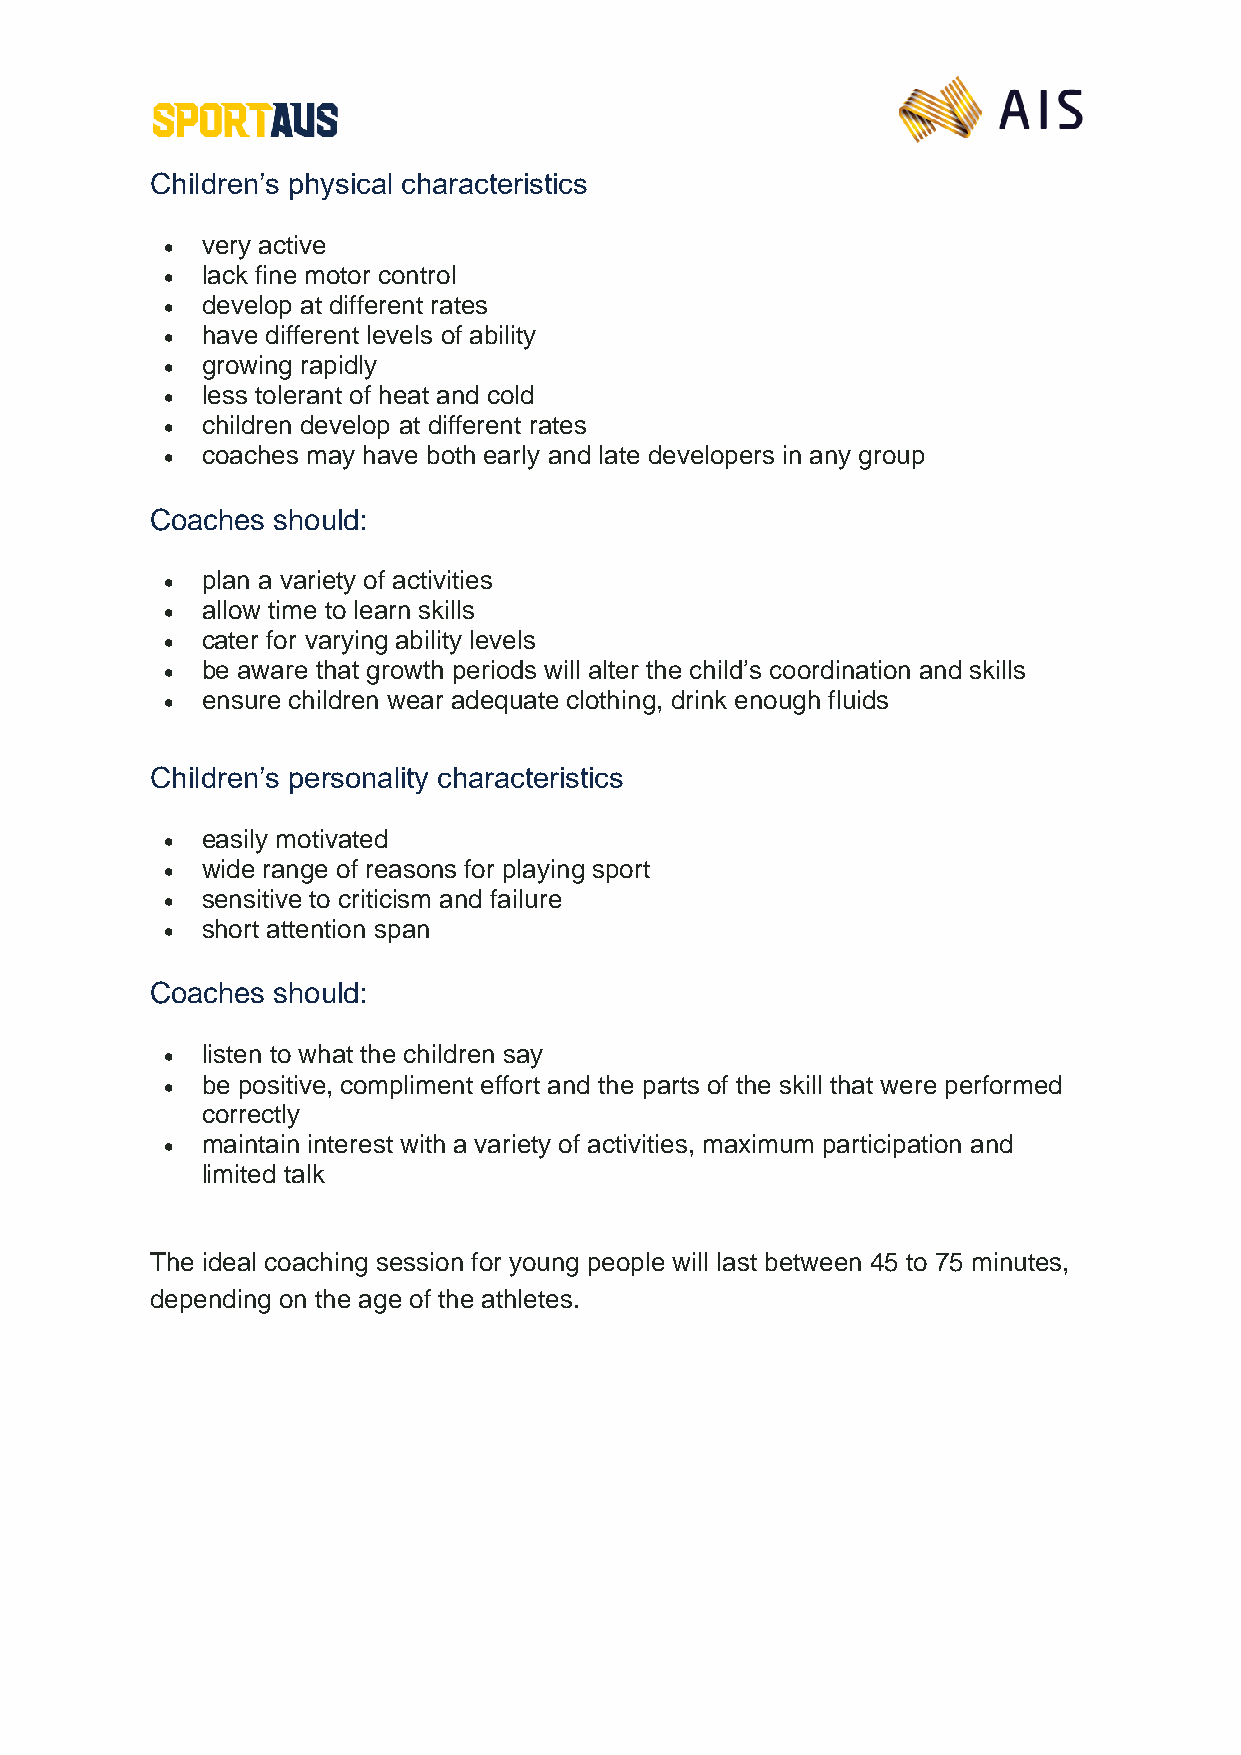
Children’s physical characteristics
 • very active
 • lack fine motor control
 • develop at different rates
 • have different levels of ability
 • growing rapidly
 • less tolerant of heat and cold
 • children develop at different rates
 • coaches may have both early and late developers in any group
 Coaches should:
 • plan a variety of activities
 • allow time to learn skills
 • cater for varying ability levels
 • be aware that growth periods will alter the child’s coordination and skills
 • ensure children wear adequate clothing, drink enough fluids
 Children’s personality characteristics
 • easily motivated
 • wide range of reasons for playing sport
 • sensitive to criticism and failure
 • short attention span
 Coaches should:
 • listen to what the children say
 • be positive, compliment effort and the parts of the skill that were performed
 correctly
 • maintain interest with a variety of activities, maximum participation and
 limited talk
 The ideal coaching session for young people will last between 45 to 75 minutes,
 depending on the age of the athletes.